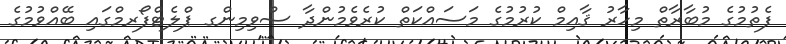
ފެތުމުގެ މުބާރާތް މިހާރު ޤާއިމް ކުރުމުގެ މަސައްކަތް ކުރެވެމުންދާ ސްވިމިންގ ޕްލެޓްފޯރމްގައި ބޭއްވުމުގެ